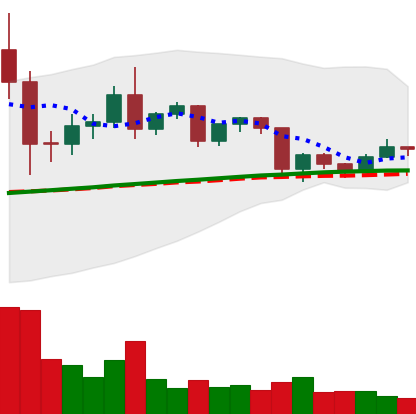
Ticker: TRX-USD
Chart end date: 2020-12-14
Forward return: 7.57%
Label: up_7plus